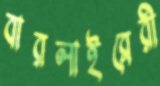
বারলাইব্রেরী